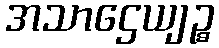
အသာဌေယျဉ္စ